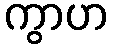
ကွာဟ